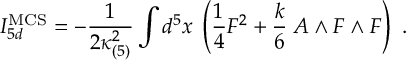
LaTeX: I _ { 5 d } ^ { \mathrm { M C S } } = - { \frac { 1 } { 2 \kappa _ { ( 5 ) } ^ { 2 } } } \int d ^ { 5 } x \; \left( { \frac { 1 } { 4 } } F ^ { 2 } + { \frac { k } { 6 } } \; A \wedge F \wedge F \right) \ .